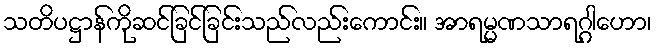
သတိပဋ္ဌာန်ကိုဆင်ခြင်ခြင်းသည်လည်းကောင်း။ အာရမ္မဏသာရဂ္ဂါဟော၊